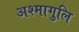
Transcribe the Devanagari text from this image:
अश्मागुलि